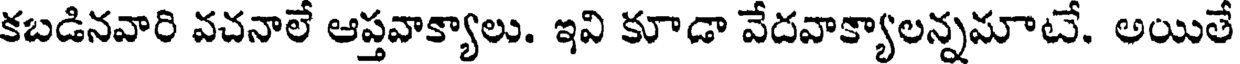
కబడినవారి వచనాలే ఆప్తవాక్యాలు. ఇవి కూడా వేదవాక్యాలన్నమాటే. అయితే